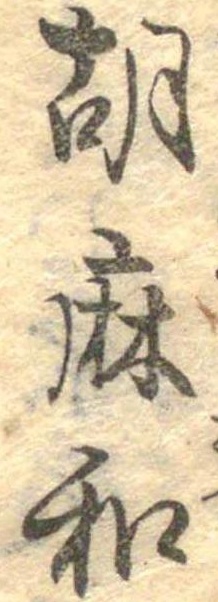
胡麻和